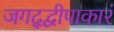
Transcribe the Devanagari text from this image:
जगद्द्वीपाकारं